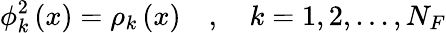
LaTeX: \phi_{k}^{2}\left(x\right)=\rho_{k}\left(x\right)\quad,\quad k=1,2,...,N_{F}